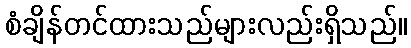
စံချိန်တင်ထားသည်များလည်းရှိသည်။